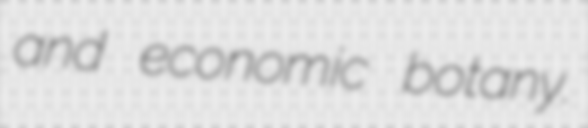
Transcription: and economic botany.